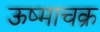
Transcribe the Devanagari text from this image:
ऊष्माचक्र